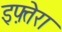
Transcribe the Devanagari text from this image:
इफ़्तेरा